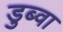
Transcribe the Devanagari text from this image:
डुब्वा